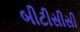
બીટીસીસી